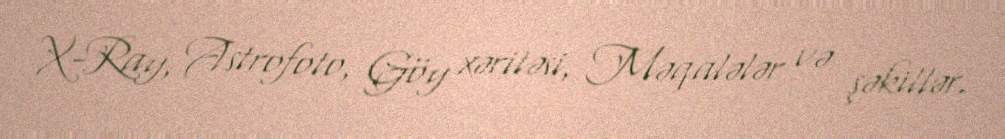
X-Ray, Astrofoto, Göy xəritəsi, Məqalələr və şəkillər.